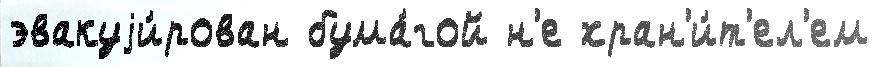
эвакуjи́рован бума́гой н'е хран'и́т'ел'ем